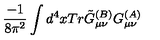
\frac { - 1 } { 8 \pi ^ { 2 } } \int d ^ { 4 } x T r \tilde { G } _ { \mu \nu } ^ { ( B ) } G _ { \mu \nu } ^ { ( A ) }